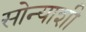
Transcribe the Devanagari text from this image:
सोन्याशी